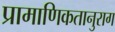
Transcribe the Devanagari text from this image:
प्रामाणिकतानुराग